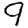
Digit: 9